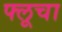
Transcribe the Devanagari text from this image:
फ्लूचा